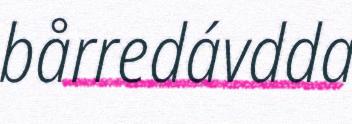
bårredávdda